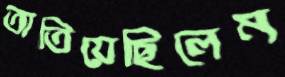
তাতিয়েছিলেম